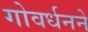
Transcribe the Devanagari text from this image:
गोवर्धनने